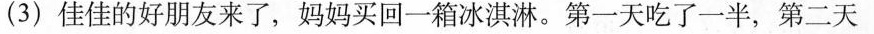
(3)佳佳的好朋友来了，妈妈买回一箱冰淇淋。第一天吃了一半，第二天